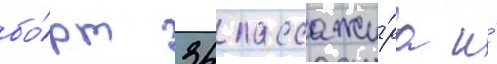
бо́рт 34 пассажи́ра и́